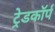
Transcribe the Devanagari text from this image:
ट्रेडकॉर्प